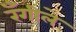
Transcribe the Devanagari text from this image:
रँगीले